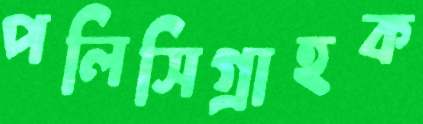
পলিসিগ্রাহক